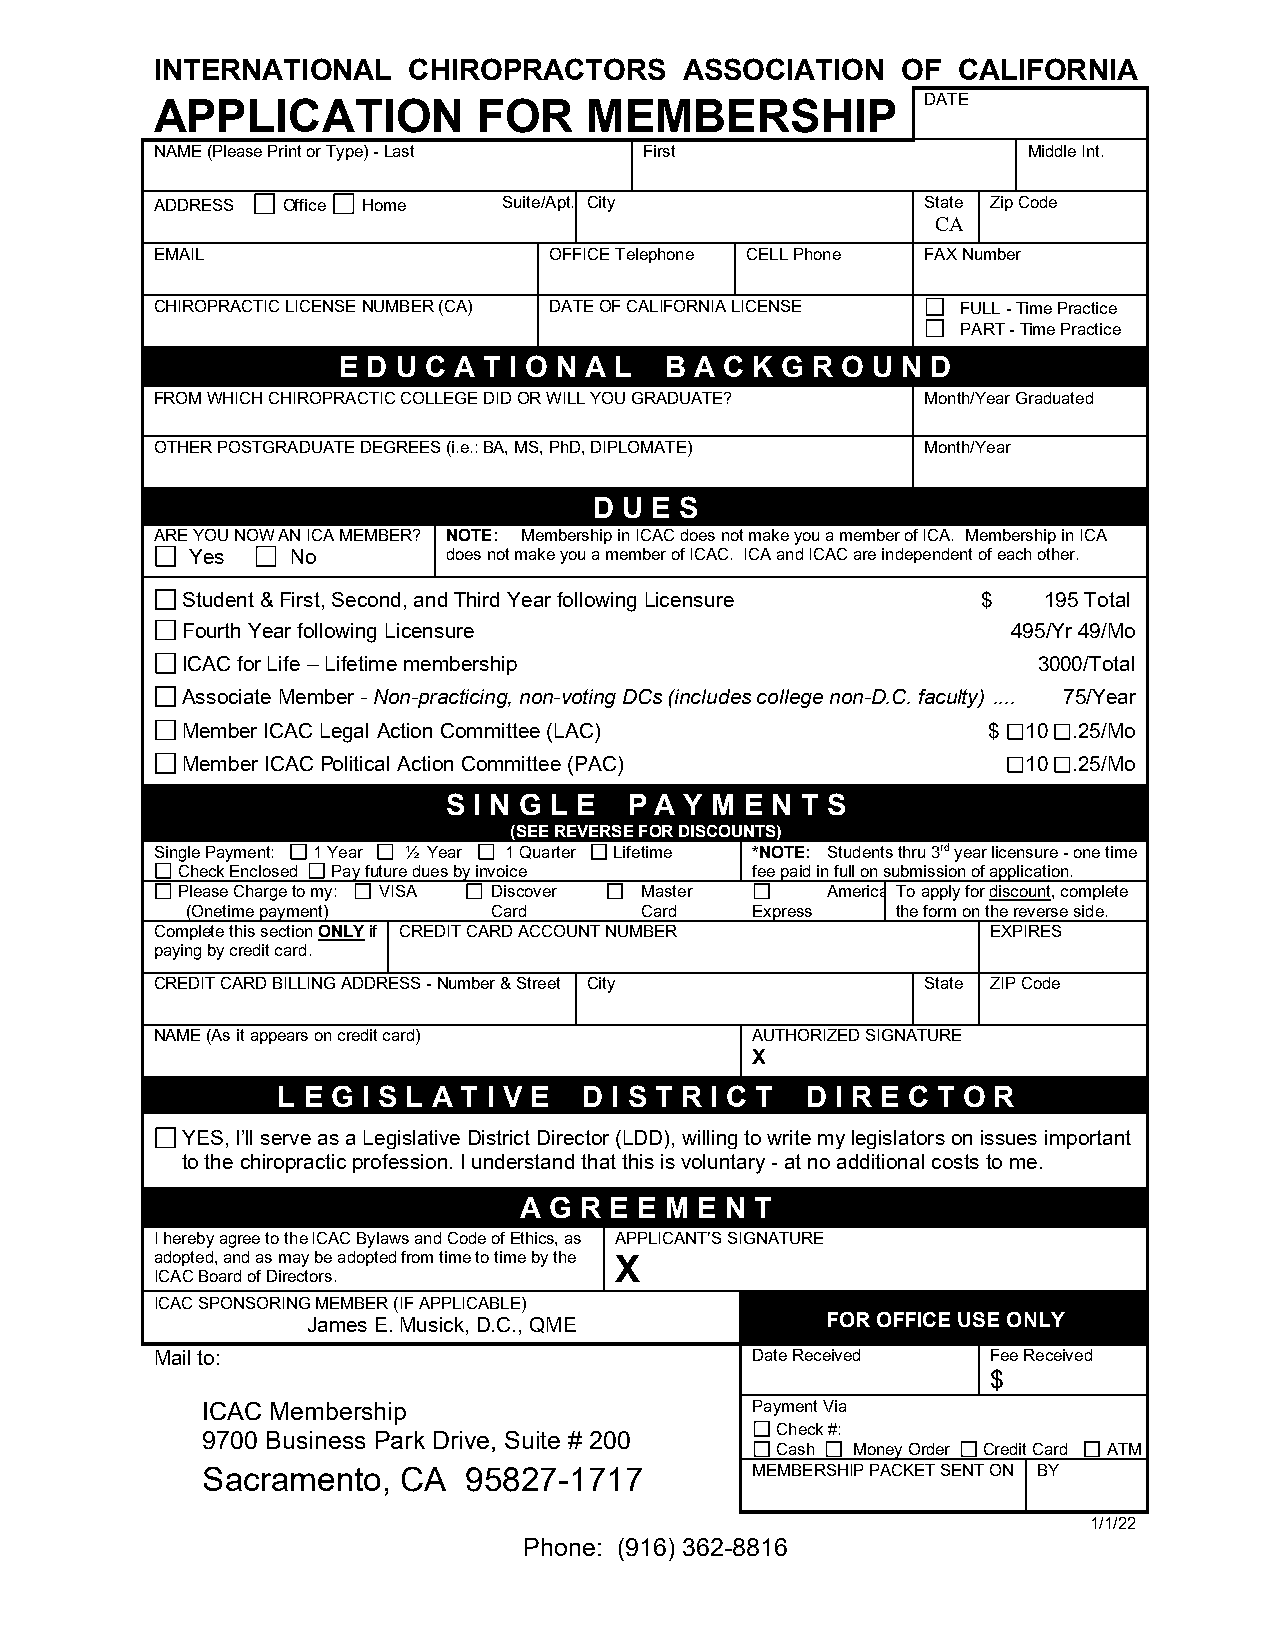
INTERNATIONAL    CHIROPRACTORS     ASSOCIATION    OF CALIFORNIA
 DATE
 APPLICATION           FOR    MEMBERSHIP
 NAME (Please Print or Type) - Last First                  Middle Int.
 ADDRESS  Office Home   Suite/Apt. City             State Zip Code
 CA
 EMAIL                     OFFICE Telephone CELL Phone FAX Number
 CHIROPRACTIC LICENSE NUMBER (CA) DATE OF CALIFORNIA LICENSE FULL - Time Practice
 PART - Time Practice
 E D U C A T I O N A L B A C K G R O U N D
 FROM WHICH CHIROPRACTIC COLLEGE DID OR WILL YOU GRADUATE? Month/Year Graduated
 OTHER POSTGRADUATE DEGREES (i.e.: BA, MS, PhD, DIPLOMATE) Month/Year
 D U E S
 ARE YOU NOW AN ICA MEMBER? NOTE: Membership in ICAC does not make you a member of ICA. Membership in ICA
 Yes   No         does not make you a member of ICAC. ICA and ICAC are independent of each other.
 Student & First, Second, and Third Year following Licensure $ 195 Total
 Fourth Year following Licensure                        495/Yr 49/Mo
 ICAC for Life – Lifetime membership                      3000/Total
 Associate Member - Non-practicing, non-voting DCs (includes college non-D.C. faculty) .... 75/Year
 Member ICAC Legal Action Committee (LAC)             $  10 .25/Mo
 Member ICAC Political Action Committee (PAC)            10 .25/Mo
 S I N G L E P A Y M E N T S
 (SEE REVERSE FOR DISCOUNTS)
 Single Payment: 1 Year ½ Year 1 Quarter Lifetime *NOTE: Students thru 3rd year licensure - one time
 Check Enclosed Pay future dues by invoice fee paid in full on submission of application.
 Please Charge to my: VISA Discover Master  America T o apply for discount, complete
 (Onetime payment)    Card     Card    Express  the form on the reverse side.
 Complete this section ONLY if CREDIT CARD ACCOUNT NUMBER EXPIRES
 paying by credit card.
 CREDIT CARD BILLING ADDRESS - Number & Street City State ZIP Code
 NAME (As it appears on credit card)     AUTHORIZED SIGNATURE
 X
 L E G I S L A T I V E D I S T R I C T D I R E C T O R
 YES, I’ll serve as a Legislative District Director (LDD), willing to write my legislators on issues important
 to the chiropractic profession. I understand that this is voluntary - at no additional costs to me.
 A G R E E M E N T
 I hereby agree to the ICAC Bylaws and Code of Ethics, as APPLICANT’S SIGNATURE
 adopted, and as may be adopted from time to time by the
 X
 ICAC Board of Directors.
 ICAC SPONSORING MEMBER (IF APPLICABLE)
 James E. Musick, D.C., QME         FOR OFFICE USE ONLY
 Mail to:                                Date Received   Fee Received
 $
 ICAC Membership                      Payment Via
 Check #:
 9700 Business Park Drive, Suite # 200
 Cash Money Order Credit Card ATM
 Sacramento,   CA  95827-1717         MEMBERSHIP PACKET SENT ON BY
 1/1/22
 Phone: (916) 362-8816